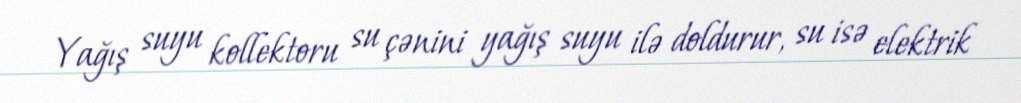
Yağış suyu kollektoru su çənini yağış suyu ilə doldurur, su isə elektrik